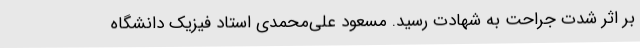
بر اثر شدت جراحت به شهادت رسید. مسعود علی‌محمدی استاد فیزیک دانشگاه